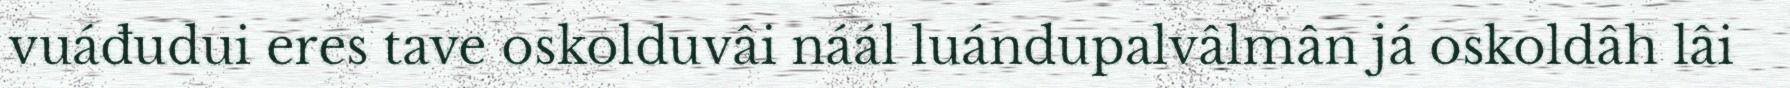
vuáđudui eres tave oskolduvâi náál luándupalvâlmân já oskoldâh lâi